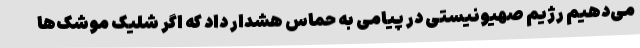
می‌دهیم رژیم صهیونیستی در پیامی به حماس هشدار داد که اگر شلیک موشک‌ها